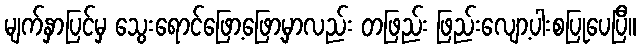
မျက်နှာပြင်မှ သွေးရောင်ဖြော့ဖြော့မှာလည်း တဖြည်း ဖြည်းလျော့ပါးစပြုပေပြီ။